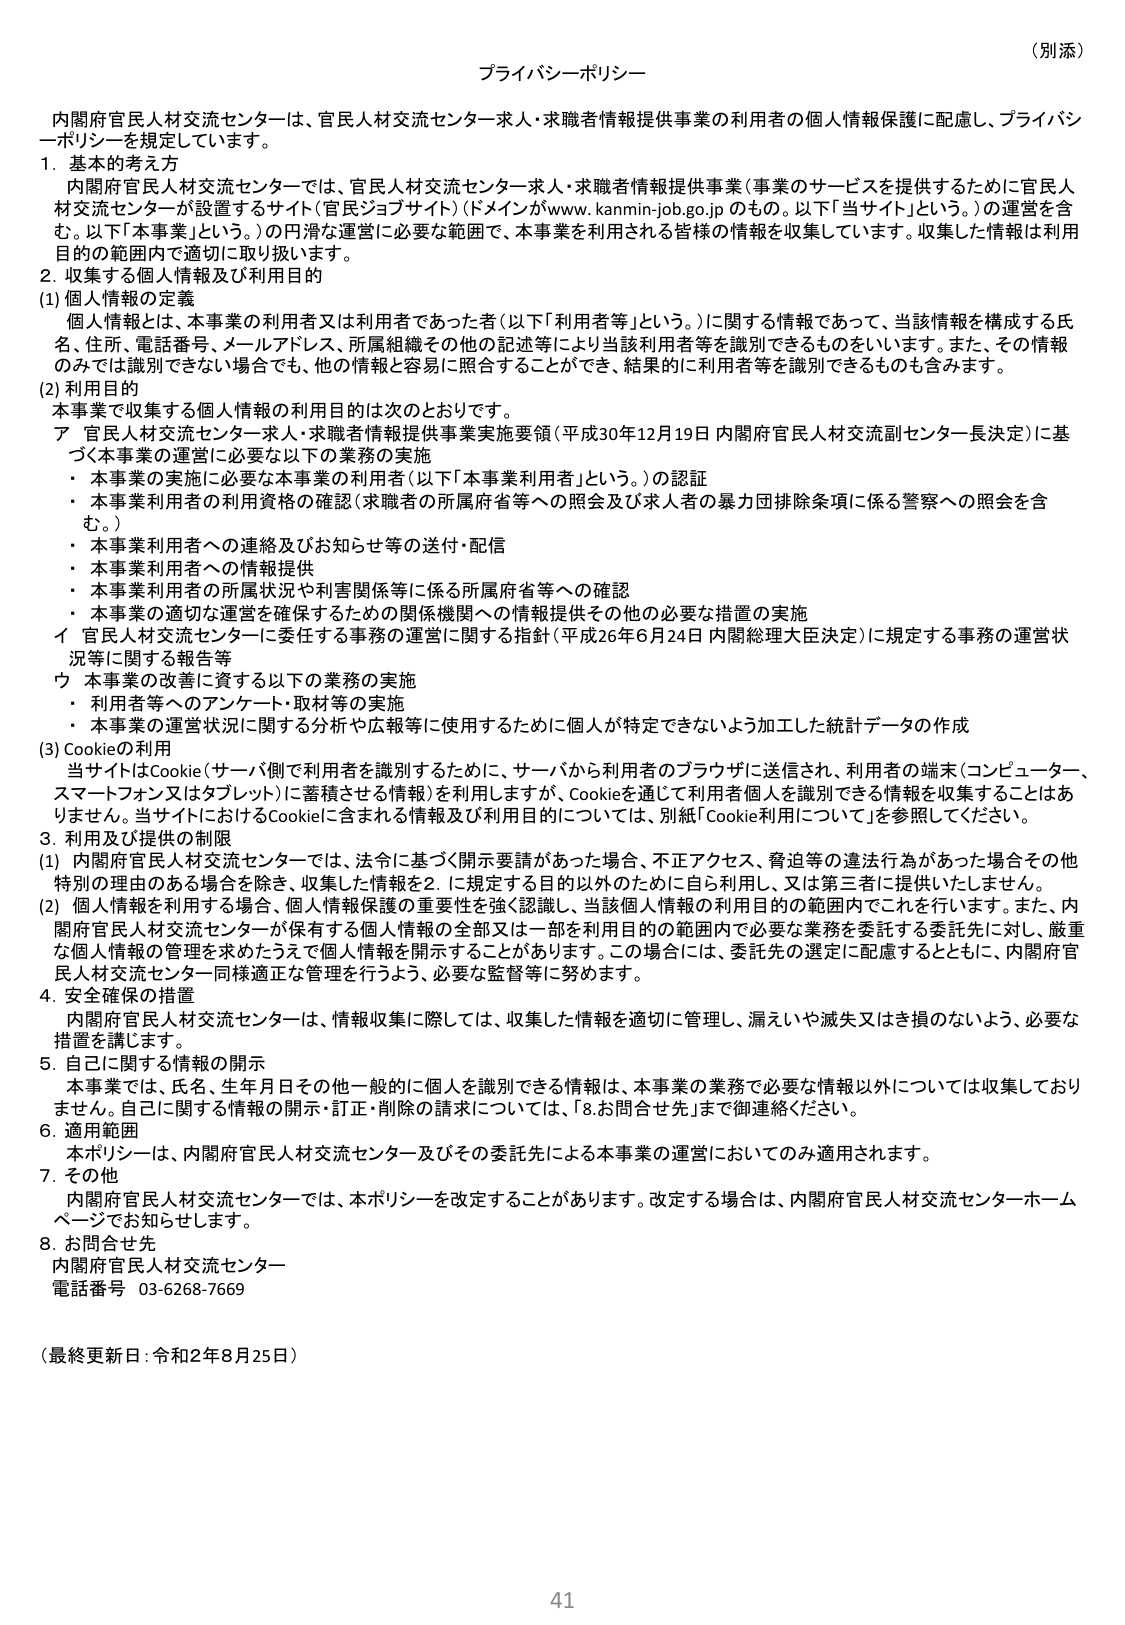
（別添）

プライバシーポリシー

内閣府官民人材交流センターは、官民人材交流センター求人・求職者情報提供事業の利用者の個人情報保護に配慮し、プライバシーポリシーを規定しています。

1. 基本的考え方
内閣府官民人材交流センターでは、官民人材交流センター求人・求職者情報提供事業（事業のサービスを提供するために官民人材交流センターが設置するサイト（官民ジョブサイト）（ドメインがwww.kanmin-job.go.jpのもの。以下「当サイト」という。）の運営を含む。以下「本事業」という。）の円滑な運営に必要な範囲で、本事業を利用される皆様の情報を収集しています。収集した情報は利用目的の範囲内で適切に取り扱います。

2. 収集する個人情報及び利用目的
(1) 個人情報の定義
個人情報とは、本事業の利用者又は利用者であった者（以下「利用者等」という。）に関する情報であって、当該情報を構成する氏名、住所、電話番号、メールアドレス、所属組織その他 の記述等により当該利用者等を識別できるものをいいます。また、その情報のみでは識別できない場合でも、他の情報と容易に照合することができ、結果的に利用者等を識別できるものも含みます。

(2) 利用目的
本事業で収集する個人情報の利用目的は次のとおりです。
ア 官民人材交流センター求人・求職者情報提供事業実施要領（平成30年12月19日 内閣府官民人材交流副センター長決定）に基づく本事業の運営に必要な以下の業務の実施
・ 本事業の実施に必要な本事業の利用者（以下「本事業利用者」という。）の認証
・ 本事業利用者の利用資格の確認（求職者の所属府省等への照会及び求人者の暴力団排除条項に係る警察への照会を含む。）
・ 本事業利用者への連絡及びお知らせ等の送付・配信
・ 本事業利用者への情報提供
・ 本事業利用者の所属状況や利害関係等に係る所属府省等への確認
・ 本事業の適切な運営を確保するための関係機関への情報提供その他の必要な措置の実施
イ 官民人材交流センターに委任する事務の運営に関する指針（平成26年6月24日 内閣総理大臣決定）に規定する事務の運営状況等に関する報告等
ウ 本事業の改善に資する以下の業務の実施
・ 利用者等へのアンケート・取材等の実施
・ 本事業の運営状況に関する分析や広報等に使用するために個人が特定できないよう加工した統計データの作成

(3) Cookieの利用
当サイトはCookie（サーバ側で利用者を識別するために、サーバから利用者のブラウザに送信され、利用者の端末（コンピュータ、スマートフォン又はタブレット）に蓄積される情報）を利用しますが、Cookieを通じて利用者個人を識別できる情報を収集することはありません。当サイトにおけるCookieに含まれる情報及び利用目的については、別紙「Cookie利用について」を参照してください。

3. 利用及び提供の制限
(1) 内閣府官民人材交流センターでは、法令に基づく開示要請があった場合、不正アクセス、脅迫等の違法行為があった場合その他特別の理由のある場合を除き、収集した情報を2.に規定する目的以外のために自ら利用し、又は第三者に提供いたしません。
(2) 個人情報を利用する場合、個人情報保護の重要性を強く認識し、当該個人情報の利用目的の範囲内でこれを行います。また、内閣府官民人材交流センターが保有する個人情報の全部又は一部を利用目的の範囲内で必要な業務を委託する委託先に対し、厳重な個人情報の管理を求めたうえで個人情報を開示することがあります。この場合には、委託先の選定に配慮するとともに、内閣府官民人材交流センター同様適正な管理を行うよう、必要な監督等に努めます。

4. 安全確保の措置
内閣府官民人材交流センターは、情報収集に際しては、収集した情報を適切に管理し、漏えいや滅失又はき損のないよう、必要な措置を講じます。

5. 自己に関する情報の開示
本事業では、氏名、生年月日その他一般的に個人を識別できる情報は、本事業の業務で必要な情報以外については収集しておりません。自己に関する情報の開示・訂正・削除の請求については、「8.お問合せ先」まで御連絡ください。

6. 適用範囲
本ポリシーは、内閣府官民人材交流センター及びその委託先による本事業の運営においてのみ適用されます。

7. その他
内閣府官民人材交流センターでは、本ポリシーを改定することがあります。改定する場合は、内閣府官民人材交流センターホームページでお知らせします。

8. お問合せ先
内閣府官民人材交流センター
電話番号 03-6268-7669

（最終更新日：令和2年8月25日）

41